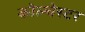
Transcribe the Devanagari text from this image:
कोल्चेस्टर